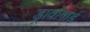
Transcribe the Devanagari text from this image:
ड्रावोगार्ड